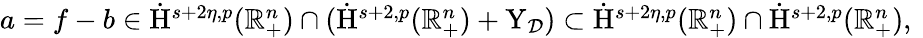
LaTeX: \begin{array}{r}{a=f-b\in\dot{\mathrm{H}}^{s+2\eta,p}(\mathbb{R}_{+}^{n})\cap(\dot{\mathrm{H}}^{s+2,p}(\mathbb{R}_{+}^{n})+\mathrm{Y}_{\mathcal{D}})\subset\dot{\mathrm{H}}^{s+2\eta,p}(\mathbb{R}_{+}^{n})\cap\dot{\mathrm{H}}^{s+2,p}(\mathbb{R}_{+}^{n})\mathrm{,~}}\end{array}